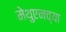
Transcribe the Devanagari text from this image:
मेथुएनच्या